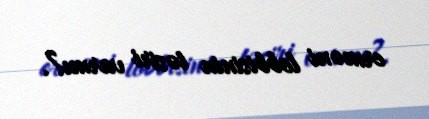
erməni lobbisinin təsiri varmı?.